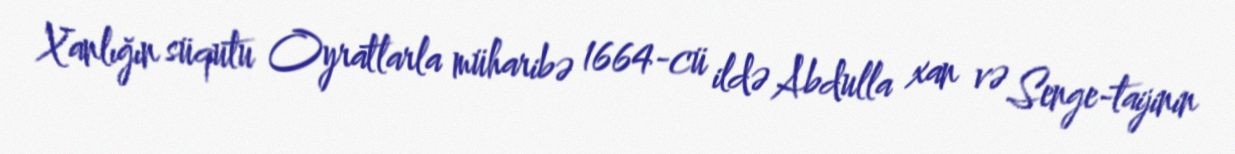
Xanlığın süqutu Oyratlarla müharibə 1664-cü ildə Abdulla xan və Senge-taijinin